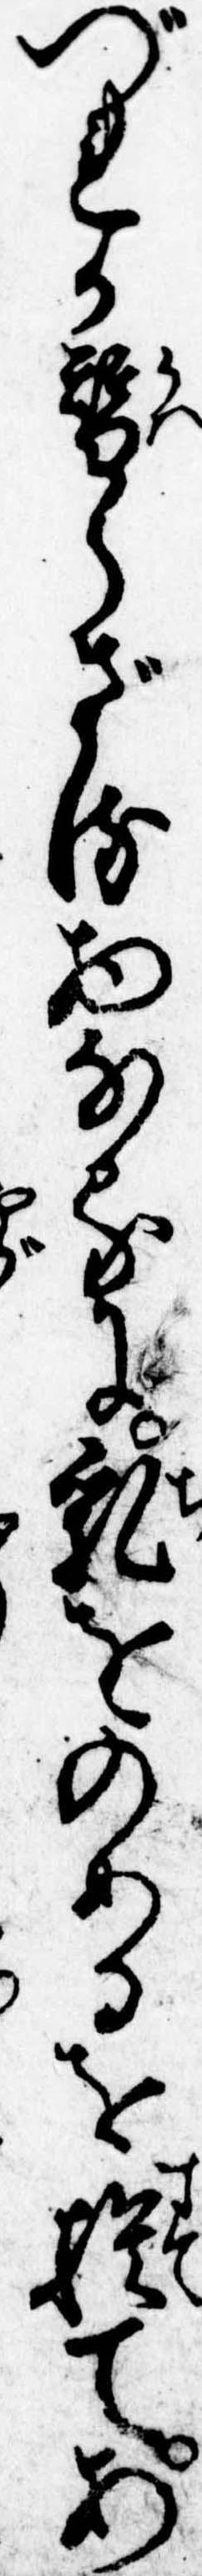
づれか替らざる物なるに乳をのめるを捨てあ